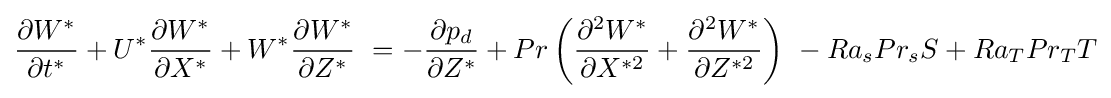
{\frac {\partial W^{*}}{\partial t^{*}}}+U^{*}{\frac {\partial W^{*}}{\partial X^{*}}}+W^{*}{\frac {\partial W^{*}}{\partial Z^{*}}}\ =-{\frac {\partial p_{d}}{\partial Z^{*}}}+Pr\left({\frac {\partial ^{2}W^{*}}{\partial X^{*2}}}+{\frac {\partial ^{2}W^{*}}{\partial Z^{*2}}}\right)\ -{Ra_{s}Pr_{s}S}+{Ra_{T}Pr_{T}T}